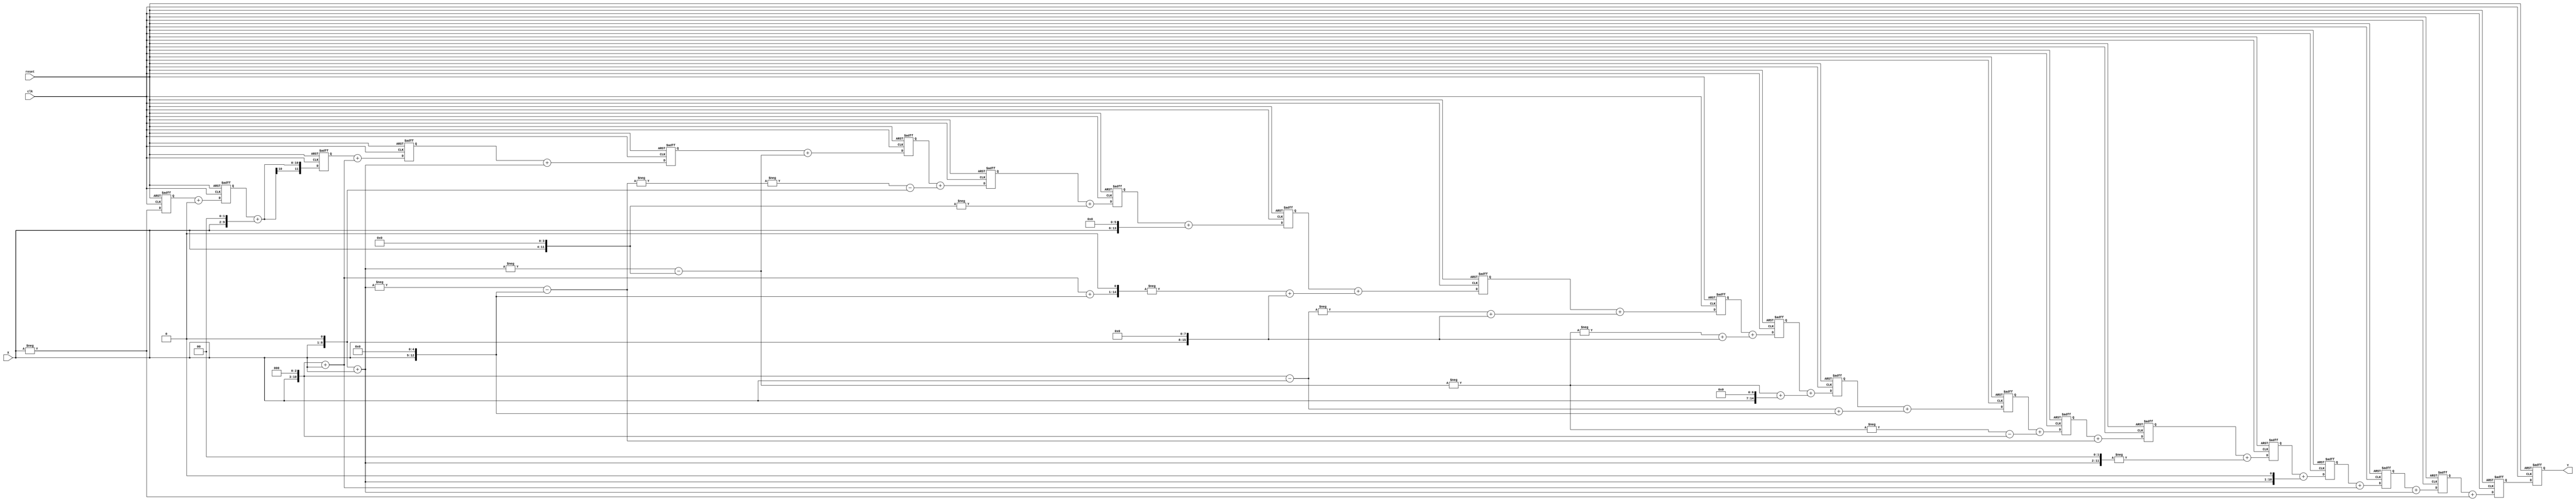
/*---------------------------------------------------------------------------*
* This solution is produced by FIR Filter Generator (FFG) based on the       *
* Radix-2^r Multiple-Constant-Multiplication (MCM) algorithm developed       *
* by A.K. Oudjida. The FFG program is writen by M.L. Berrandjia based on     * 
* the FFG specifications given by A. Liacha.                                 *
* Copyright (c) 2015 CDTA (www.cdta.dz). Personal use of this material is    *
* permitted. However, permission to use this material for any other purposes *
* must be obtained from the CDTA by sending an email to a_oudjida@cdta.dz    *
*----------------------------------------------------------------------------*/

// FIR filter generator (release version 1.0.0)

module hdec_8_Verilog (clk, reset, X, Y); 

//Parameters
parameter word_size_in = 8; // Bit-size of the filter input X 
parameter word_size_out = 20; // Bit-size of the filter output Y, 
                              // word_size_out = word_size_in + ceil(log2(sum(abs(Ci))))+1

//Inputs & Outputs
input clk, reset;
input signed [word_size_in-1:0] X;   // Filter input in two's complement representation
output signed [word_size_out-1:0] Y; // Filter output in two's complement representation

reg  [word_size_out-1:0] Y;

// MCM bloc
// Radix-2^r MCM solution of the reduced set (Hmin set) including positive/odd constants only

// Radix-2^r odd-multiples
wire signed [word_size_in:0] x1;
wire signed [11:0] x7;
wire signed [14:0] x41;
wire signed [13:0] x19;
wire signed [14:0] x35;

// Hmin set
wire signed  [9:0] x_1;  // coefficients_size = word_size_in + ceil(log2(Ci))
wire signed  [10:0] x3;
wire signed  [12:0] x9;
wire signed  [11:0] x6;
wire signed  [12:0] x_12;
wire signed  [14:0] x_35;
wire signed  [13:0] x_27;
wire signed  [14:0] x39;
wire signed  [16:0] x147;
wire signed  [16:0] x237;
wire signed  [16:0] x249;
wire signed  [16:0] x174;
wire signed  [15:0] x64;
wire signed  [13:0] x_16;
wire signed  [14:0] x_37;
wire signed  [13:0] x_19;
wire signed  [11:0] x4;
wire signed  [9:0] x0;


assign x1 = X;
assign x7 = +(x1<<3)-(x1<<0);
assign x41 = +(x9<<0)+(x1<<5);
assign x19 = -(x_19<<0);
assign x35 = -(x_35<<0);



// Radix-2^r recoding of the Hmin set
assign x_1 = -(x1<<0);
assign x3 = +(x1<<1)+(x1<<0);
assign x9 = +(x1<<3)+(x1<<0);
assign x6 = +(x3<<1);
assign x_12 = -(x3<<2);
assign x_35 = -(x3<<0)-(x1<<5);
assign x_27 = -(x19<<0)-(x1<<3);
assign x39 = +(x7<<0)+(x1<<5);
assign x147 = +(x19<<0)+(x1<<7);
assign x237 = -(x19<<0)+(x1<<8);
assign x249 = -(x7<<0)+(x1<<8);
assign x174 = -(x41<<1)+(x1<<8);
assign x64 = +(x1<<6);
assign x_16 = -(x1<<4);
assign x_37 = -(x35<<0)-(x1<<1);
assign x_19 = -(x3<<0)-(x1<<4);
assign x4 = +(x1<<2);
assign x0 = 0;

// SCM_i = Ci x X
wire signed  [9:0] SCM_0;  //SCM_i_size = word_size_in + ceil(log2(Ci))
wire signed  [10:0] SCM_1;
wire signed  [12:0] SCM_2;
wire signed  [11:0] SCM_3;
wire signed  [12:0] SCM_4;
wire signed  [14:0] SCM_5;
wire signed  [13:0] SCM_6;
wire signed  [14:0] SCM_7;
wire signed  [16:0] SCM_8;
wire signed  [16:0] SCM_9;
wire signed  [16:0] SCM_10;
wire signed  [16:0] SCM_11;
wire signed  [15:0] SCM_12;
wire signed  [13:0] SCM_13;
wire signed  [14:0] SCM_14;
wire signed  [13:0] SCM_15;
wire signed  [10:0] SCM_16;
wire signed  [12:0] SCM_17;
wire signed  [11:0] SCM_18;
wire signed  [9:0] SCM_19;
wire signed  [9:0] SCM_20;

assign SCM_0 = x_1;
assign SCM_1 = x3;
assign SCM_2 = x9;
assign SCM_3 = x6;
assign SCM_4 = x_12;
assign SCM_5 = x_35;
assign SCM_6 = x_27;
assign SCM_7 = x39;
assign SCM_8 = x147;
assign SCM_9 = x237;
assign SCM_10 = x249;
assign SCM_11 = x174;
assign SCM_12 = x64;
assign SCM_13 = x_16;
assign SCM_14 = x_37;
assign SCM_15 = x_19;
assign SCM_16 = x3;
assign SCM_17 = x9;
assign SCM_18 = x4;
assign SCM_19 = x0;
assign SCM_20 = x_1;

// MAC_i is the register i in the adder structure of the filter
reg signed  [19:0] MAC_0; //MAC_i_size = word_size_in + ceil(log2(Sum(Ci)))
reg signed  [19:0] MAC_1;
reg signed  [19:0] MAC_2;
reg signed  [19:0] MAC_3;
reg signed  [19:0] MAC_4;
reg signed  [19:0] MAC_5;
reg signed  [19:0] MAC_6;
reg signed  [18:0] MAC_7;
reg signed  [18:0] MAC_8;
reg signed  [18:0] MAC_9;
reg signed  [18:0] MAC_10;
reg signed  [17:0] MAC_11;
reg signed  [16:0] MAC_12;
reg signed  [15:0] MAC_13;
reg signed  [15:0] MAC_14;
reg signed  [14:0] MAC_15;
reg signed  [13:0] MAC_16;
reg signed  [12:0] MAC_17;
reg signed  [11:0] MAC_18;
reg signed  [9:0] MAC_19;
reg signed  [9:0] MAC_20;

wire signed  [19:0] Y_in;

always @(posedge clk or negedge reset) begin
  if(~reset) begin
    reset_reg;
  end
  else begin
    init_reg;
    Y <= Y_in;
    MAC_0 <=  MAC_1 + SCM_0;
    MAC_1 <=  MAC_2 + SCM_1;
    MAC_2 <=  MAC_3 + SCM_2;
    MAC_3 <=  MAC_4 + SCM_3;
    MAC_4 <=  MAC_5 + SCM_4;
    MAC_5 <=  MAC_6 + SCM_5;
    MAC_6 <=  MAC_7 + SCM_6;
    MAC_7 <=  MAC_8 + SCM_7;
    MAC_8 <=  MAC_9 + SCM_8;
    MAC_9 <=  MAC_10 + SCM_9;
    MAC_10 <=  MAC_11 + SCM_10;
    MAC_11 <=  MAC_12 + SCM_11;
    MAC_12 <=  MAC_13 + SCM_12;
    MAC_13 <=  MAC_14 + SCM_13;
    MAC_14 <=  MAC_15 + SCM_14;
    MAC_15 <=  MAC_16 + SCM_15;
    MAC_16 <=  MAC_17 + SCM_16;
    MAC_17 <=  MAC_18 + SCM_17;
    MAC_18 <=  MAC_19 + SCM_18;
    MAC_19 <=  MAC_20 + SCM_19;
    MAC_20 <=  SCM_20;
  end
end

assign Y_in = MAC_0;

// Tasks

task reset_reg;
  begin
    MAC_0 <=  0;
    MAC_1 <=  0;
    MAC_2 <=  0;
    MAC_3 <=  0;
    MAC_4 <=  0;
    MAC_5 <=  0;
    MAC_6 <=  0;
    MAC_7 <=  0;
    MAC_8 <=  0;
    MAC_9 <=  0;
    MAC_10 <=  0;
    MAC_11 <=  0;
    MAC_12 <=  0;
    MAC_13 <=  0;
    MAC_14 <=  0;
    MAC_15 <=  0;
    MAC_16 <=  0;
    MAC_17 <=  0;
    MAC_18 <=  0;
    MAC_19 <=  0;
    MAC_20 <=  0;
    Y <= 0;
  end
endtask

task init_reg;
  begin
    Y <= Y;
    MAC_0 <=  MAC_0;
    MAC_1 <=  MAC_1;
    MAC_2 <=  MAC_2;
    MAC_3 <=  MAC_3;
    MAC_4 <=  MAC_4;
    MAC_5 <=  MAC_5;
    MAC_6 <=  MAC_6;
    MAC_7 <=  MAC_7;
    MAC_8 <=  MAC_8;
    MAC_9 <=  MAC_9;
    MAC_10 <=  MAC_10;
    MAC_11 <=  MAC_11;
    MAC_12 <=  MAC_12;
    MAC_13 <=  MAC_13;
    MAC_14 <=  MAC_14;
    MAC_15 <=  MAC_15;
    MAC_16 <=  MAC_16;
    MAC_17 <=  MAC_17;
    MAC_18 <=  MAC_18;
    MAC_19 <=  MAC_19;
    MAC_20 <=  MAC_20;
  end
endtask

endmodule